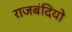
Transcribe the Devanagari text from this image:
राजबंदियो